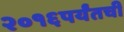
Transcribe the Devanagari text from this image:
२०१६पर्यंतची